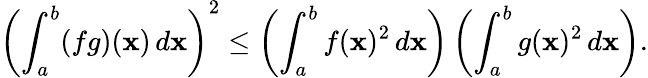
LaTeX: \left(\int_{a}^{b}(fg)(\mathbf{x})\, d\mathbf{x}\right)^{2}\leq\left(\int_{a}^{b}f(\mathbf{x})^{2}\, d\mathbf{x}\right)\left(\int_{a}^{b}g(\mathbf{x})^{2}\, d\mathbf{x}\right).